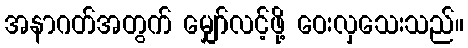
အနာဂတ်အတွက် မျှော်လင့်ဖို့ ဝေးလှသေးသည်။